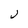
Character: J